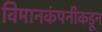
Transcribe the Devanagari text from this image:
विमानकंपनीकडून